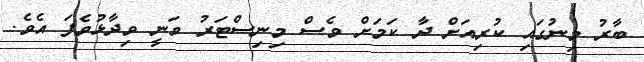
ބާރު މިނުގައި ކުރިއަށް ދާ ކަމަށް ވެސް މިނިސްޓަރު ވަނީ ވިދާޅުވެފަ އެވެ.